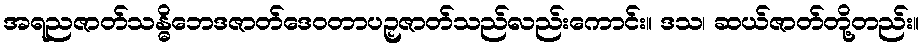
အရညဇာတ်သန္ဓိဘေဒဇာတ်ဒေဝတာပဉှဇာတ်သည်လည်းကောင်း။ ဒသ၊ ဆယ်ဇာတ်တို့တည်း။